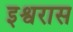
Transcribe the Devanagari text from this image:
इश्वरास